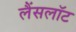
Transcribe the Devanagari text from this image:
लैंसलॉट